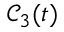
\mathcal { C } _ { 3 } ( t )